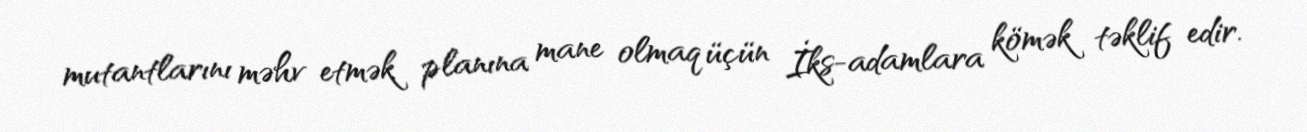
mutantlarını məhv etmək planına mane olmaq üçün İks-adamlara kömək təklif edir.